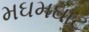
મઘમઘાટ